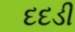
દદડી